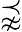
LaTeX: \precnapprox